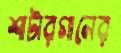
শাটারগানের